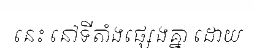
នេះ នៅទីតាំងផ្សេងគ្នា ដោយ